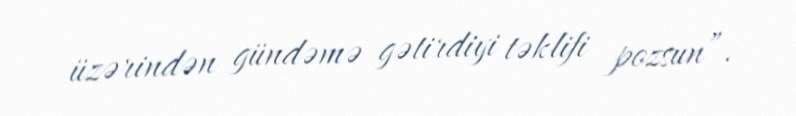
üzərindən gündəmə gətirdiyi təklifi pozsun”.